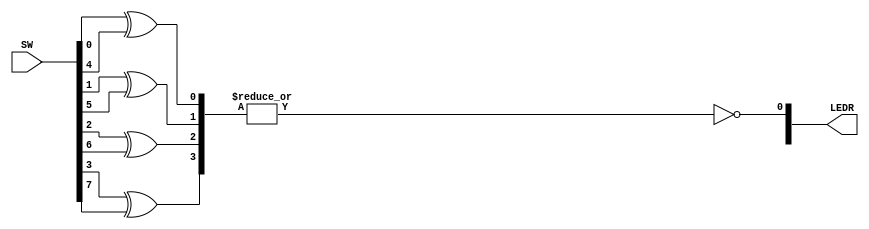
module zzz(SW, LEDR);

input   [7:0]   SW;
output  [9:0]   LEDR;

wire    [3:0]   y;
wire    [7:0]   x;

//assign LEDR = z;
assign x = SW;

assign y[0] = x[0] ^ x[4];
assign y[1] = x[1] ^ x[5];
assign y[2] = x[2] ^ x[6];
assign y[3] = x[3] ^ x[7];

assign LEDR[0] = ~|(y);


endmodule